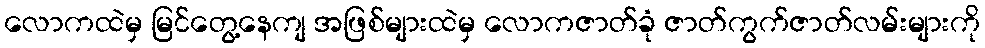
လောကထဲမှ မြင်တွေ့နေကျ အဖြစ်များထဲမှ လောကဇာတ်ခုံ ဇာတ်ကွက်ဇာတ်လမ်းများကို